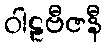
ဝါဠဗီဇနီ